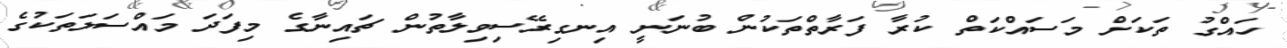
ހައްގު ތަކަށް މަސައްކަތް ކުރާ ފަރާތްތަކުން ބުނަނީ އިނގިރޭސިވިލާތުން ޗައިނާގެ މިފަދަ މައްސަލަތަކުގެ